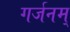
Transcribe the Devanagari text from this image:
गर्जनम्‌